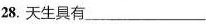
28.天生具有___